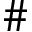
\#